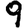
Digit: 9